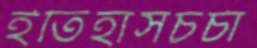
ইতিহাসচর্চা